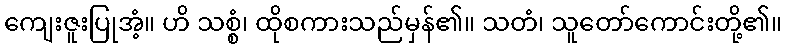
ကျေးဇူးပြုအံ့။ ဟိ သစ္စံ၊ ထိုစကားသည်မှန်၏။ သတံ၊ သူတော်ကောင်းတို့၏။